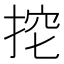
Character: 𢭔